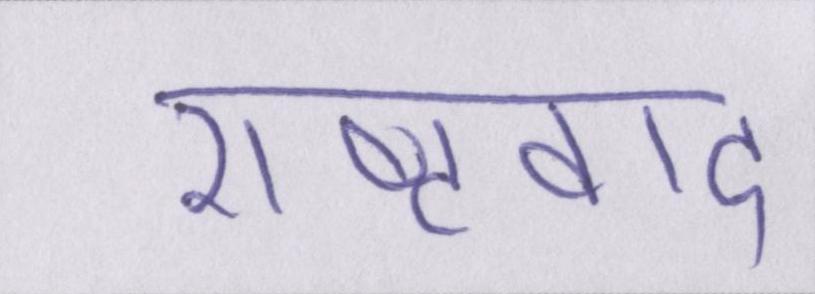
राष्ट्रवाद